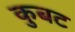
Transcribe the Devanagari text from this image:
कुबट